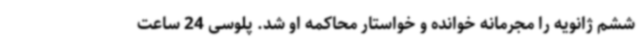
ششم ژانویه را مجرمانه خوانده و خواستار محاکمه او شد. پلوسی 24 ساعت